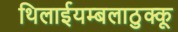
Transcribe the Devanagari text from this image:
थिलाईयम्बलाठुक्कू